Elephants and their diseases
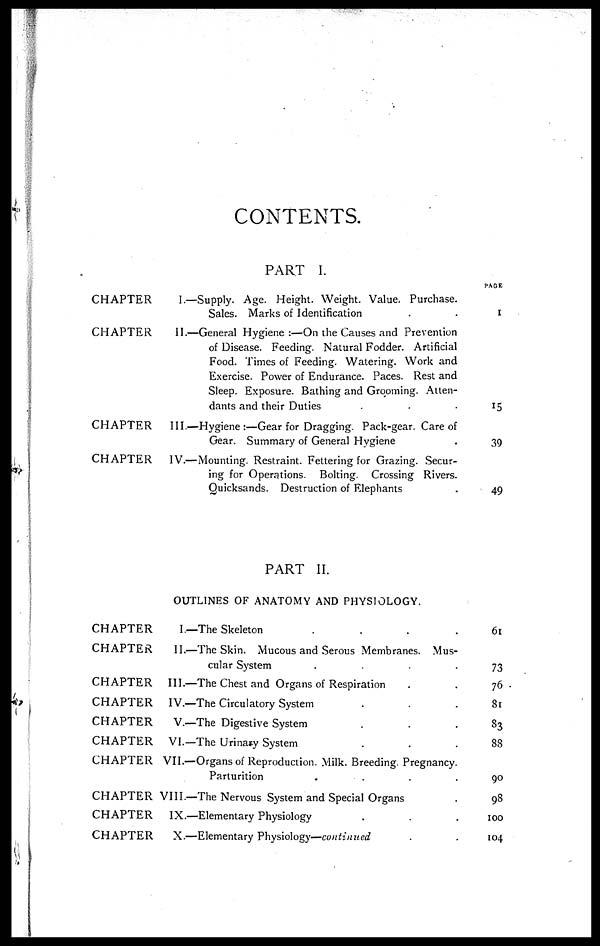
CONTENTS.
PART I.
CHAPTER
CHAPTER
CHAPTER
CHAPTER
CHAPTER
CHAPTER
CHAPTER
CHAPTER
CHAPTER
CHAPTER
CHAPTER
CHAPTER
CHAPTER
CHAPTER
I.—Supply. Age. Height. Weight. Value. Purchase.
Sales. Marks of Identification
II.—General Hygiene:—On the Causes and Prevention
of Disease. Feeding. Natural Fodder. Artificial
Food. Times of Feeding. Watering. Work and
Exercise. Power of Endurance. Paces. Rest and
Sleep. Exposure. Bathing and Grooming. Atten-
dants and their Duties
III.—Hygiene:—Gear for Dragging. Pack-gear. Care of
Gear. Summary of General Hygiene
IV.—Mounting. Restraint. Fettering for Grazing. Secur-
ing for Operations. Bolting. Crossing Rivers.
Quicksands. Destruction of Elephants
PART II.
OUTLINES OF ANATOMY AND PHYSIOLOGY.
I.—The Skeleton
.
II.—The Skin. Mucous and Serous Membranes. Mus-
cular System
.
III.—The Chest and Organs of Respiration
IV.—The Circulatory System
V.—The Digestive System
VI.—The Urinary System
VII.—Organs of Reproduction. Milk. Breeding. Pregnancy.
Parturition
.
.
.
.
VIII.—The Nervous System and Special Organs
IX.—Elementary Physiology
X.—Elementary Physiology—continued
PAGE
I
15
39
49
61
73
76
81
83
88
90
98
100
104